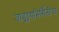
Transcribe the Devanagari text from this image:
वाङ्मयनिर्मितीचा